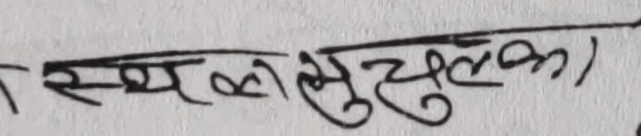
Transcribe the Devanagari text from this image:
स्थलशुल्क